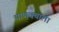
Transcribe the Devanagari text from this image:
पाणक्याला